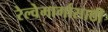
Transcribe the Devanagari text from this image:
रेल्वेमार्गासाठी